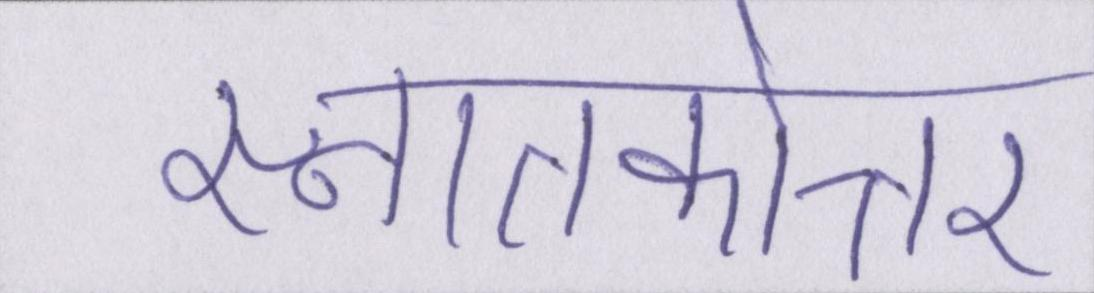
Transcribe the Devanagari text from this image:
स्नातकोत्तर